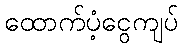
ထောက်ပံ့ငွေကျပ်